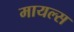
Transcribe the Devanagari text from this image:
मायल्स